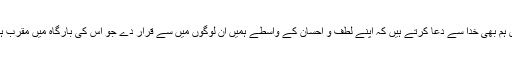
پس ہم بھی خدا سے دعا کرتے ہیں کہ اپنے لطف و احسان کے واسطے ہمیں ان لوگوں میں سے قرار دے جو اس کی بارگاہ میں مقرب ہیں۔